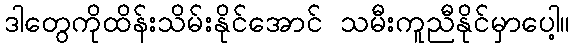
ဒါတွေကိုထိန်းသိမ်းနိုင်အောင် သမီးကူညီနိုင်မှာပေါ့။